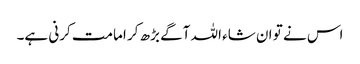
اس نے تو ان شاء اللہ آگے بڑھ کر امامت کرنی ہے۔